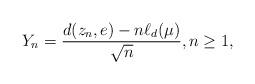
LaTeX: \begin{align*}Y_n = \frac{d(z_n,e) - n\ell_d(\mu)}{\sqrt{n}}, n \geq 1,\end{align*}